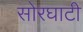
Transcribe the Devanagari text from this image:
सोरघाटी